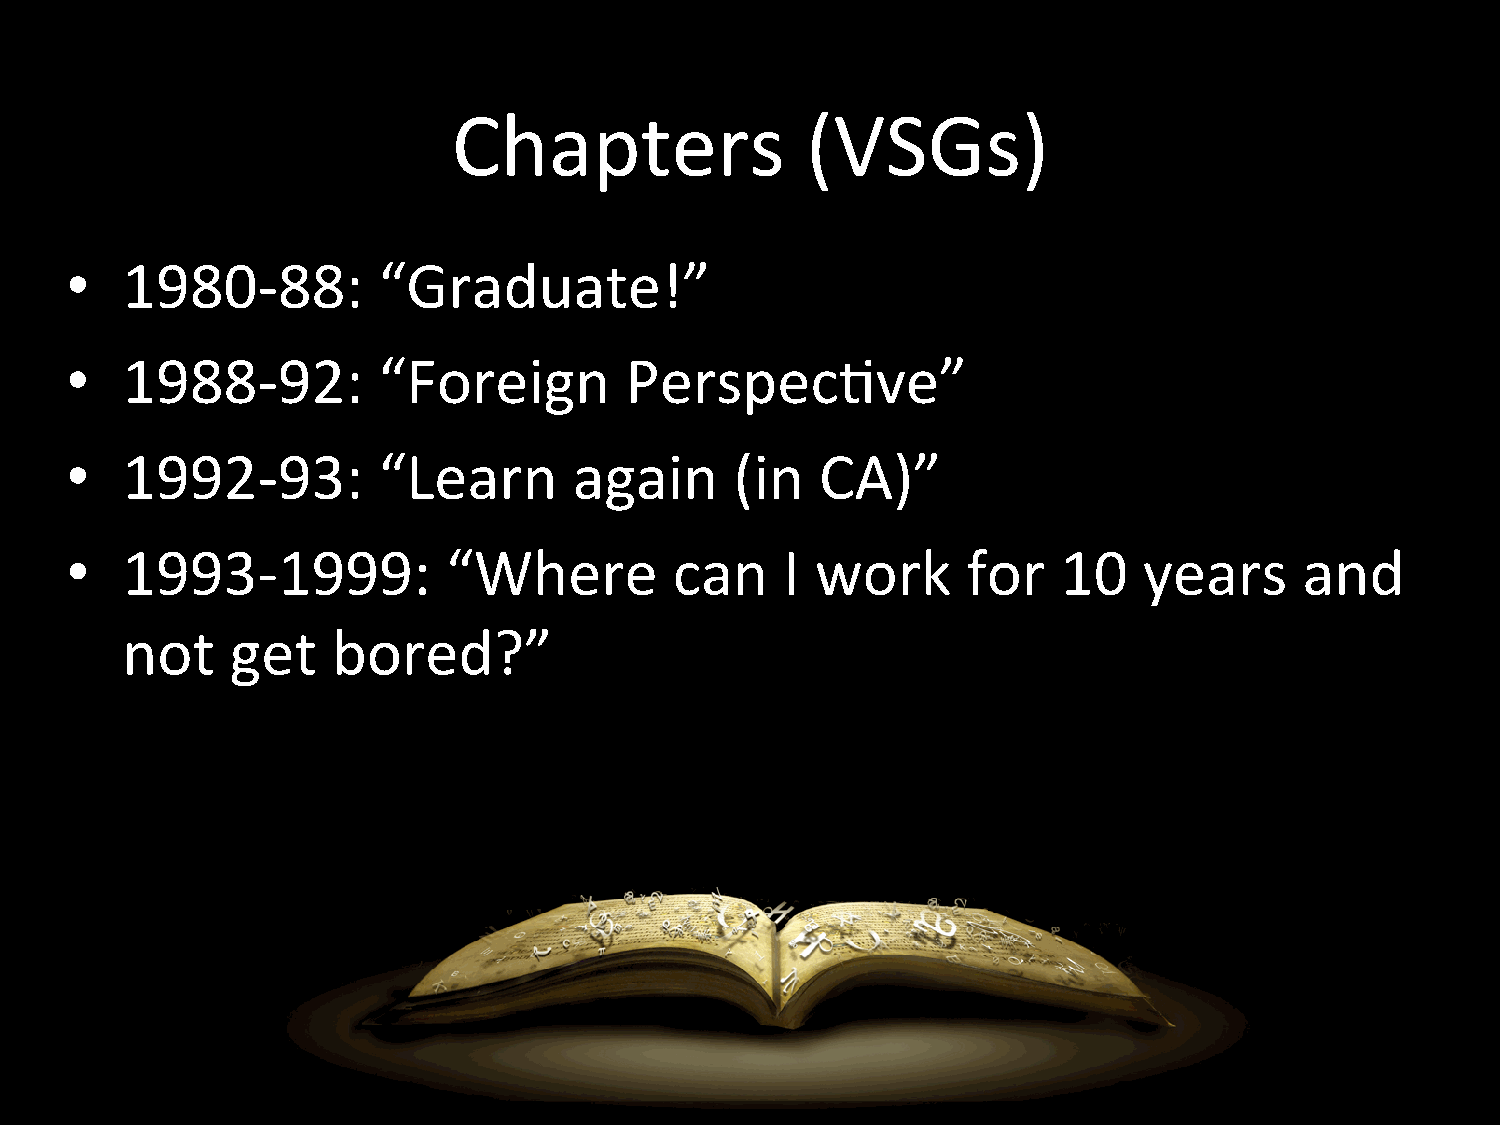
Chapters               (VSGs)
 •   1980-­‐88:       “Graduate!”
 •   1988-­‐92:       “Foreign        PerspecHve”
 •   1992-­‐93:       “Learn       again      (in  CA)”
 •   1993-­‐1999:          “Where         can    I work      for   10    years     and
 not    get    bored?”